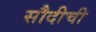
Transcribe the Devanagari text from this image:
सौदीची